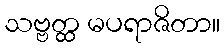
သဗ္ဗတ္ထ မပရာဇိတာ။